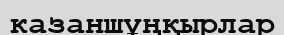
казаншұңқырлар